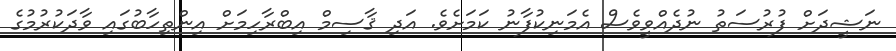
ނަޝީދަށް ފުރުސަތު ނުދެއްވީވެސް އެމަނިކުފާނު ކަމަށެވެ. އަދި ޤާސިމް އިބްރާހިމަށް އިންތިހާބުގައި ވާދަކުުރުމުގެ